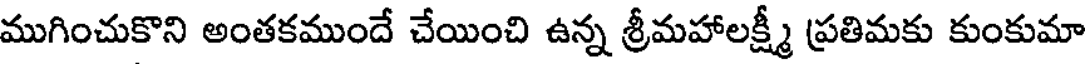
ముగించుకొని అంతకముందే చేయించి ఉన్న శ్రీమహాలక్ష్మీ ప్రతిమకు కుంకుమా